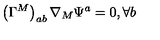
\left( \Gamma ^ { M } \right) _ { a b } \nabla _ { M } \Psi ^ { a } = 0 , \forall b